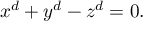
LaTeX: x ^ { d } + y ^ { d } - z ^ { d } = 0 .